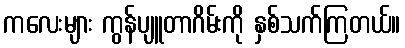
ကလေးများ ကွန်ပျူတာဂိမ်းကို နှစ်သက်ကြတယ်။